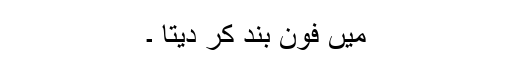
میں فون بند کر دیتا ۔